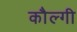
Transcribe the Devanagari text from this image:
कौल्गी